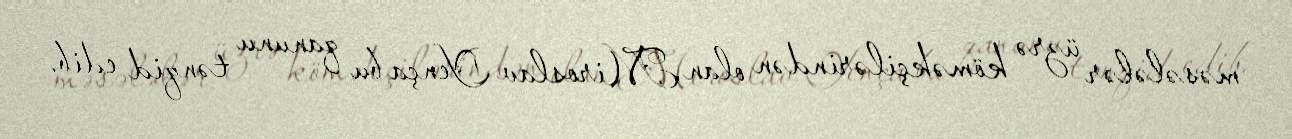
məsələlər üzrə köməkçilərindən olan Miroslav Yença bu qanunu tənqid edib.